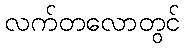
လက်တလောတွင်